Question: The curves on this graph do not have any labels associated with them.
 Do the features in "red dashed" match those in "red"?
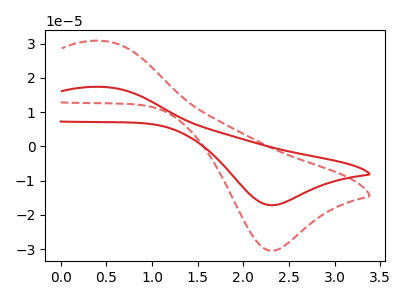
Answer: <think>The red curve "red" has an anodic peak at (0.45V, 17.35uA) and a cathodic peak at (2.30V, -17.20uA). The red dashed curve "red dashed" has an anodic peak at (0.45V, 30.80uA) and a cathodic peak at (2.30V, -30.45uA).
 All the peaks in "red dashed" have a peak in "red" at the same potential. Every peak in "red dashed" is higher than every peak in "red".</think>
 <answer>"red dashed" and "red" are similar in shape.</answer>
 <eval>same_shape</eval>